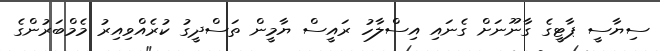
ސިޔާސީ ޕާޓީގެ ގާނޫނަށް ގެނައި އިސްލާހު ރައީސް ޔާމީން ތަސްދީގު ކުރެއްވިއިރު މެމްބަރުންގެ